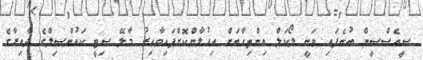
ސީއެސްސީން ބުނެފައި ވަނީ ލޯކަލް އިންތިހާބަށް އިއުލާންކޮށްފައިވާއިރު މާލޭ ސިޓީ ކައުންސިލްގެ ދާއިރާގެ